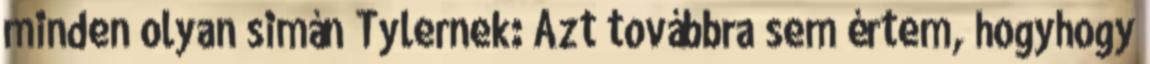
minden olyan simán Tylernek: Azt továbbra sem értem, hogyhogy